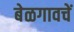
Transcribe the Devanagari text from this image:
बेळगावचें